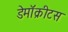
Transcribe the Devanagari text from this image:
डेमॉक्रीटस